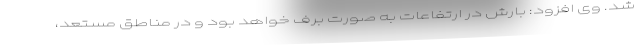
شد. وی افزود: بارش در ارتفاعات به صورت برف خواهد بود و در مناطق مستعد،